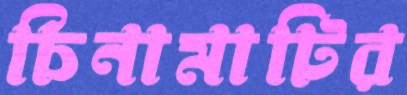
চিনামাটির